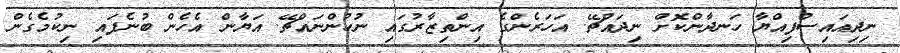
ނިދިއައިސްފިއްޔާ ހަނދާންކޮށް ނިދައްޗޭ. އަހަރެންގެ އިންތިޒާރުގައި ނުހުންނައްޗޭ. އަޔާން އެހެން ބުނެފައި ނިކުމެގެން